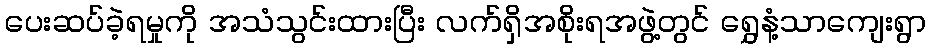
ပေးဆပ်ခဲ့ရမှုကို အသံသွင်းထားပြီး လက်ရှိအစိုးရအဖွဲ့တွင် ရွှေနံ့သာကျေးရွာ